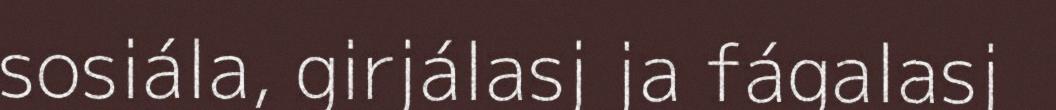
sosiála, girjálasj ja fágalasj